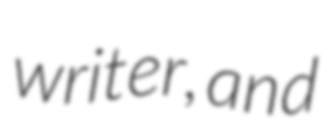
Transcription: writer, and